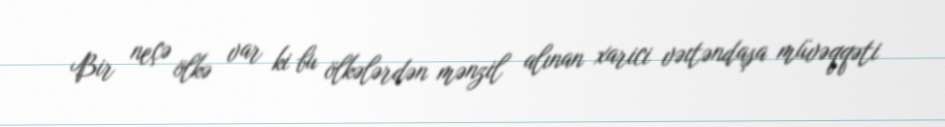
Bir neçə ölkə var ki bu ölkələrdən mənzil alınan xarici vəıtəndaşa müvəqqəti